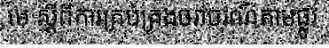
មេ ស្តីពីការគ្រប់គ្រងចរាចរណ៍តាមផ្លូវ